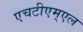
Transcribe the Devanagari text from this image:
एचटीएम्एल